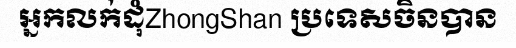
អ្នកលក់ដុំZhongShan ប្រទេសចិនបាន